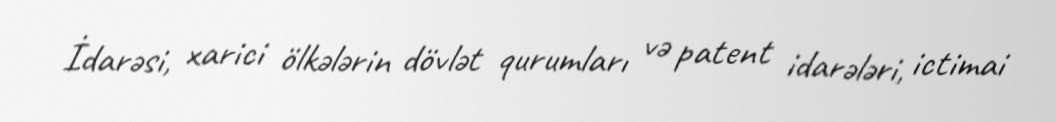
İdarəsi, xarici ölkələrin dövlət qurumları və patent idarələri, ictimai